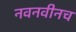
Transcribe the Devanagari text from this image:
नवनवीनच